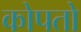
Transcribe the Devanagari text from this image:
कोपतो